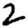
Digit: 2